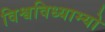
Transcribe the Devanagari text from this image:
विश्वविध्याम्यो